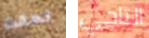
لحقت التاجي